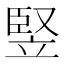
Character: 竪